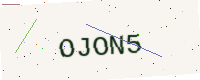
Text: OJON5